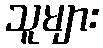
သူများ